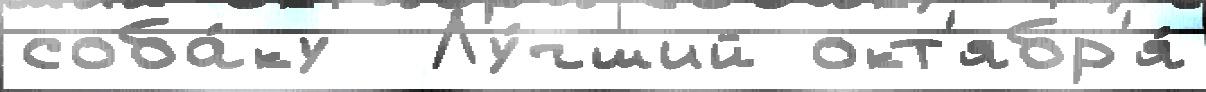
соба́ку  Лу́чший окт'ябр'я́